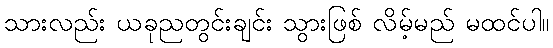
သားလည်း ယခုညတွင်းချင်း သွားဖြစ် လိမ့်မည် မထင်ပါ။